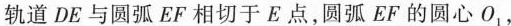
轨道DE与圆弧EF相切于E点，圆弧EF的圆心O_{1}，